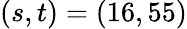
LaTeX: (s,t)=(16,55)